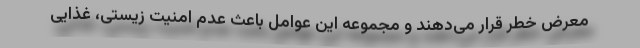
معرض خطر قرار می‌دهند و مجموعه این عوامل باعث عدم امنیت زیستی، غذایی